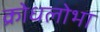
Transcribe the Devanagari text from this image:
क्रोधलोभा